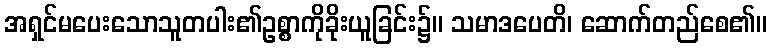
အရှင်မပေးသောသူတပါး၏ဥစ္စာကိုခိုးယူခြင်း၌။ သမာဒပေတိ၊ ဆောက်တည်စေ၏။